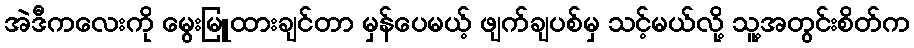
အဲဒီကလေးကို မွေးမြူထားချင်တာ မှန်ပေမယ့် ဖျက်ချပစ်မှ သင့်မယ်လို့ သူ့အတွင်းစိတ်က